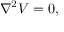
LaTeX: \nabla ^ { 2 } V = 0 ,